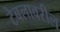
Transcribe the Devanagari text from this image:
टेबलावरील